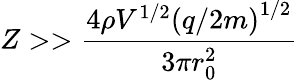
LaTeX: Z>>\frac{4\rho V^{1/2}\left(q/2m\right)^{1/2}}{3\pi r_{0}^{2}}